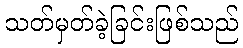
သတ်မှတ်ခဲ့ခြင်းဖြစ်သည်